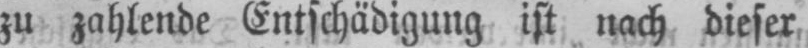
zu zahlende Entschädigung ist nach dieser